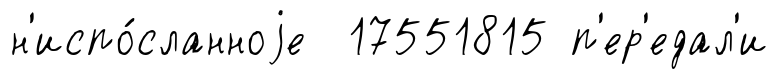
н'испо́сланноjе 17551815 п'ер'едал'и